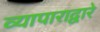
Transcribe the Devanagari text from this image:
व्यापाराद्वारे